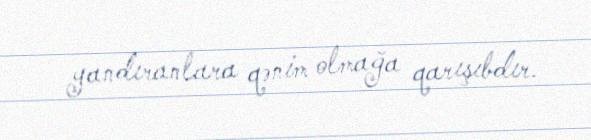
yandıranlara qənim olmağa qarışıbdır.